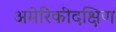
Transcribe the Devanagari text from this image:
अमेरिकीदक्षिण